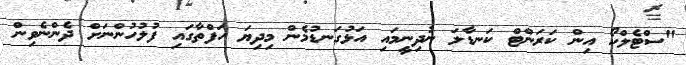
"ސްޓެލްކޯ އިން ކަރަންޓް ކަނޑާލަ ނުދިނީމައި އަޅުގަނޑުމެން މިދިޔަ ހަފްތާގައި ފުލުހުންނަށް ދެންނެވިން